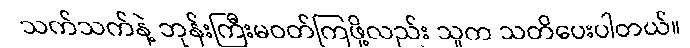
သက်သက်နဲ့ ဘုန်းကြီးမဝတ်ကြဖို့လည်း သူက သတိပေးပါတယ်။